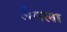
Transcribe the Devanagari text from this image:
लेगला